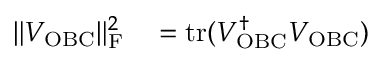
\begin{array} { r l } { \| V _ { \mathrm { O B C } } \| _ { \mathrm { F } } ^ { 2 } } & { { } = \operatorname { t r } ( V _ { \mathrm { O B C } } ^ { \dag } V _ { \mathrm { O B C } } ) } \end{array}